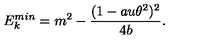
E _ { k } ^ { m i n } = m ^ { 2 } - \frac { ( 1 - a u \theta ^ { 2 } ) ^ { 2 } } { 4 b } .